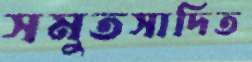
সমুতসাদিত